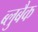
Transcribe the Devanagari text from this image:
ब्लुबैक